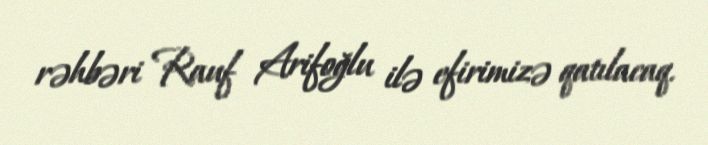
rəhbəri Rauf Arifoğlu ilə efirimizə qatılacaq.